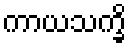
ကာယသက္ခိ